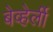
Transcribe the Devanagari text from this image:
बेव्हेर्ली